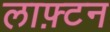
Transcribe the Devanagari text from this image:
लाफ़्टन